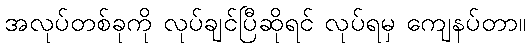
အလုပ်တစ်ခုကို လုပ်ချင်ပြီဆိုရင် လုပ်ရမှ ကျေနပ်တာ။